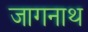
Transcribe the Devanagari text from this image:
जागनाथ